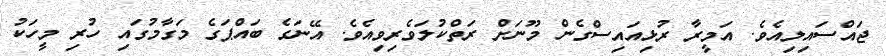
ޖައްސައިލިއެވެ. އަމީރާ ރުޅިއައިސްގެން މޫނަށް ރަތްކުލަވެރިވިއެވެ. އޭނަގެ ބައްޕަގެ މަގާމުގައި ހުރި މީހަކު